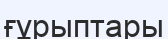
ғұрыптары